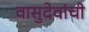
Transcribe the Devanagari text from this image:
वासुदेवांची